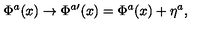
\Phi ^ { a } ( x ) \to \Phi ^ { a \prime } ( x ) = \Phi ^ { a } ( x ) + \eta ^ { a } ,